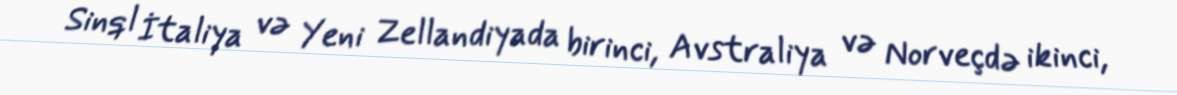
Sinql İtaliya və Yeni Zellandiyada birinci, Avstraliya və Norveçdə ikinci,